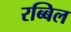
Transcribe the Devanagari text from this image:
रब्बिल